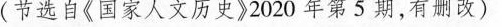
(节选自《国家人文历史》2020年第5期，有删改)